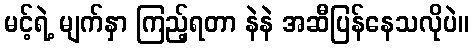
မင့်ရဲ့ မျက်နှာ ကြည့်ရတာ နဲနဲ အဆီပြန်နေသလိုပဲ။